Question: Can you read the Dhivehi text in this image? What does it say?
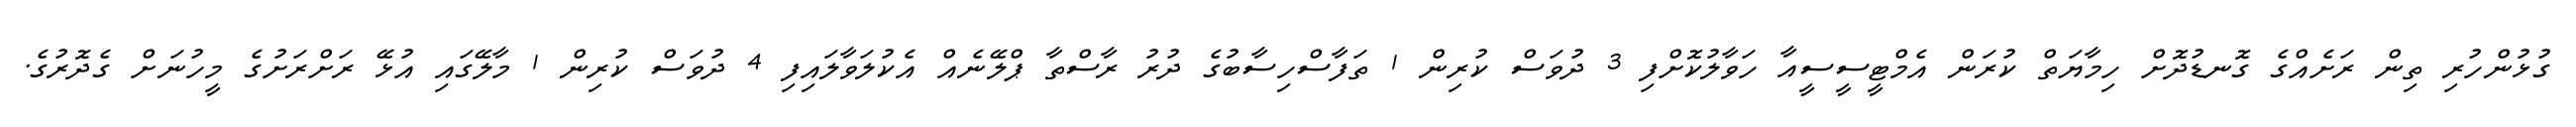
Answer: ގުޅުންހުރި ތިން ރަށެއްގެ ގޮނޑުދޮށް ހިމާޔަތް ކުރަން އެމްޓީސީސީއާ ހަވާލުކޮށްފި 3 ދުވަސް ކުރިން 1 ތަފާސްހިސާބުގެ ދުރު ރާސްތާ ޕްލޭނެއް އެކުލަވާލައިފި 4 ދުވަސް ކުރިން 1 މާލޭގައި އުޅޭ ރަށްރަށުގެ މީހުނަށް ގެދޮރުގެ.